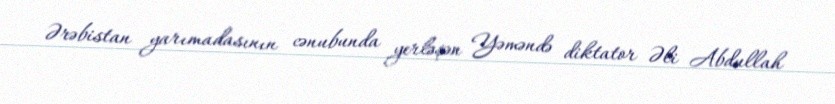
Ərəbistan yarımadasının cənubunda yerləşən Yəməndə diktator Əli Abdullah